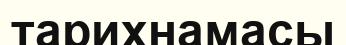
тарихнамасы